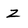
Character: Z